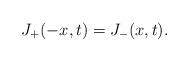
LaTeX: \begin{align*}J_+(-x,t)=J_-(x,t).\end{align*}